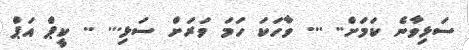
ސަޅިވާނެ ކަމަށް.. ... ވާހަކަ ހަމަ ވަރަށް ސަޅި... .. ކީޕް އަޕް